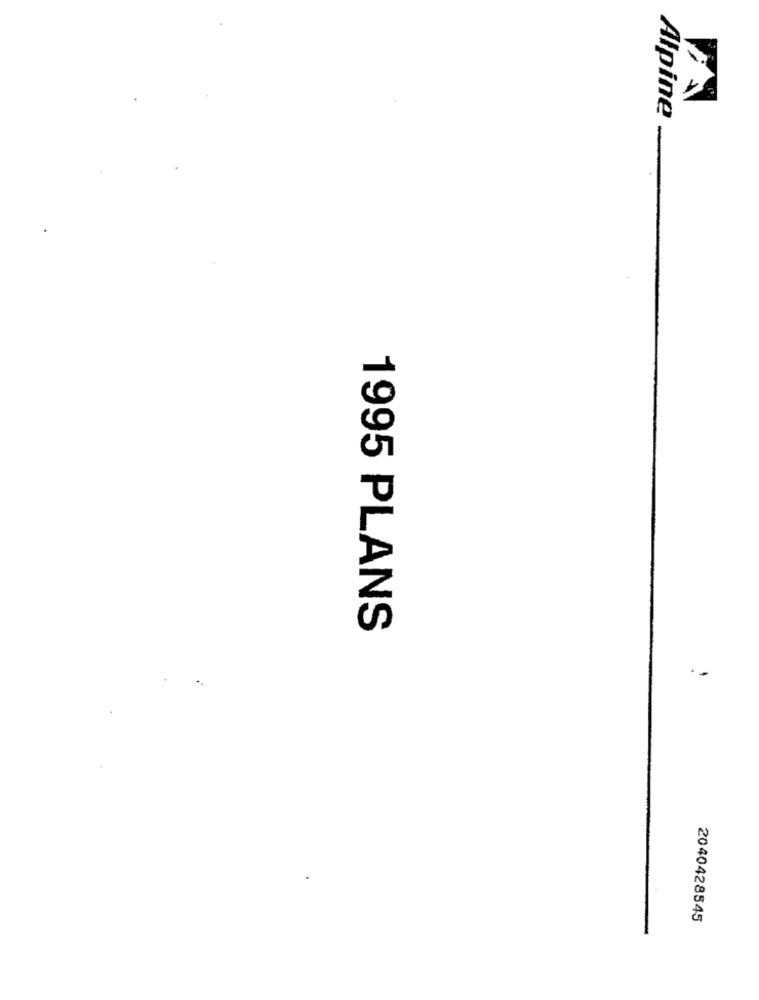
Alpine
1995 PLANS
.-
2040428545